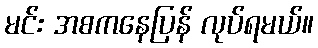
မင်း အစကနေပြန် လုပ်ရမယ်။